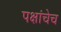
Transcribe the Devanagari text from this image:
पक्षांचेच